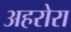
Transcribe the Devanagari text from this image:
अहरोरा